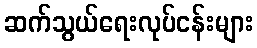
ဆက်သွယ်ရေးလုပ်ငန်းများ